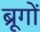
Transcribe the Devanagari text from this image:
ब्रूगों